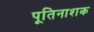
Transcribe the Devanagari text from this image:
पूतिनाशक